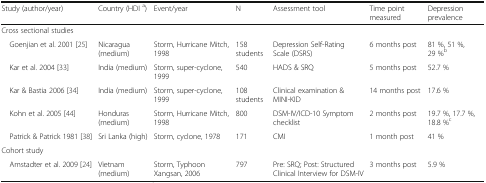
<table><thead><tr><td><b>Study (author/year)</b></td><td><b>Country (HDI <sup>a</sup>)</b></td><td><b>Event/year</b></td><td><b>N</b></td><td><b>Assessment tool</b></td><td><b>Time point measured</b></td><td><b>Depression prevalence</b></td></tr></thead><tbody><tr><td colspan="7">Cross sectional studies</td></tr><tr><td> Goenjian et al. 2001 [25]</td><td>Nicaragua (medium)</td><td>Storm, Hurricane Mitch, 1998</td><td>158 students</td><td>Depression Self-Rating Scale (DSRS)</td><td>6 months post</td><td>81 %, 51 %, 29 %<sup>b</sup></td></tr><tr><td> Kar et al. 2004 [33]</td><td>India (medium)</td><td>Storm, super-cyclone, 1999</td><td>540</td><td>HADS &amp; SRQ</td><td>5 months post</td><td>52.7 %</td></tr><tr><td> Kar &amp; Bastia 2006 [34]</td><td>India (medium)</td><td>Storm, super-cyclone, 1999</td><td>108 students</td><td>Clinical examination &amp; MINI-KID</td><td>14 months post</td><td>17.6 %</td></tr><tr><td> Kohn et al. 2005 [44]</td><td>Honduras (medium)</td><td>Storm, Hurricane Mitch, 1998</td><td>800</td><td>DSM-IV/ICD-10 Symptom checklist</td><td>2 months post</td><td>19.7 %, 17.7 %, 18.8 %<sup>c</sup></td></tr><tr><td> Patrick &amp; Patrick 1981 [38]</td><td>Sri Lanka (high)</td><td>Storm, cyclone, 1978</td><td>171</td><td>CMI</td><td>1 month post</td><td>41 %</td></tr><tr><td colspan="7">Cohort study</td></tr><tr><td> Amstadter et al. 2009 [24]</td><td>Vietnam (medium)</td><td>Storm, Typhoon Xangsan, 2006</td><td>797</td><td>Pre: SRQ; Post: Structured Clinical Interview for DSM-IV</td><td>3 months post</td><td>5.9 %</td></tr></tbody></table>